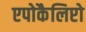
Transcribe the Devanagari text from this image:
एपोकैलिप्टो